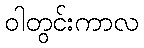
ဝါတွင်းကာလ